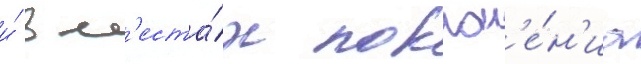
и́ в м'еста́х поклон'е́н'иа